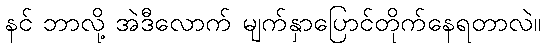
နင် ဘာလို့ အဲဒီလောက် မျက်နှာပြောင်တိုက်နေရတာလဲ။